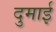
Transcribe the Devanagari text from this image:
दुमाई